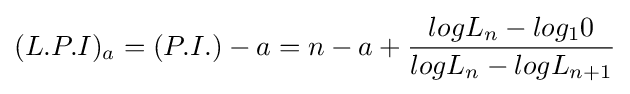
(L.P.I)_{a}=(P.I.)-a=n-a+{logL_{n}-log_{1}0 \over logL_{n}-logL_{n+1}}